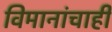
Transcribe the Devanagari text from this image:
विमानांचाही